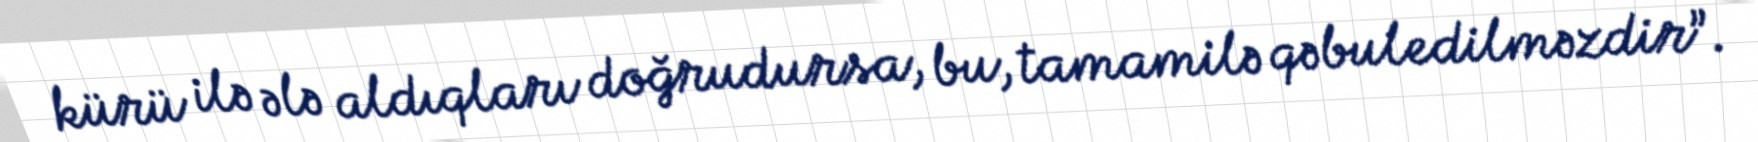
kürü ilə ələ aldıqları doğrudursa, bu, tamamilə qəbuledilməzdir”.